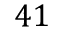
4 1